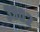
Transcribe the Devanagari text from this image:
३९०२